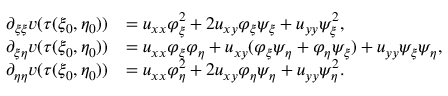
\begin{array} { r l } { \partial _ { \xi \xi } v ( \tau ( \xi _ { 0 } , \eta _ { 0 } ) ) } & { = u _ { x x } \varphi _ { \xi } ^ { 2 } + 2 u _ { x y } \varphi _ { \xi } \psi _ { \xi } + u _ { y y } \psi _ { \xi } ^ { 2 } , } \\ { \partial _ { \xi \eta } v ( \tau ( \xi _ { 0 } , \eta _ { 0 } ) ) } & { = u _ { x x } \varphi _ { \xi } \varphi _ { \eta } + u _ { x y } ( \varphi _ { \xi } \psi _ { \eta } + \varphi _ { \eta } \psi _ { \xi } ) + u _ { y y } \psi _ { \xi } \psi _ { \eta } , } \\ { \partial _ { \eta \eta } v ( \tau ( \xi _ { 0 } , \eta _ { 0 } ) ) } & { = u _ { x x } \varphi _ { \eta } ^ { 2 } + 2 u _ { x y } \varphi _ { \eta } \psi _ { \eta } + u _ { y y } \psi _ { \eta } ^ { 2 } . } \end{array}